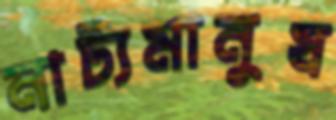
নাট্যমানুষ